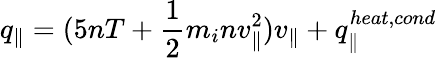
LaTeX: q_{\parallel}=(5nT+\frac{1}{2}m_{i}nv_{\parallel}^{2})v_{\parallel}+q_{\parallel}^{heat,cond}